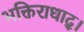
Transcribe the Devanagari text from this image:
भक्तिराधाद्।